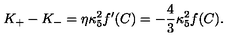
K _ { + } - K _ { - } = \eta \kappa _ { 5 } ^ { 2 } f ^ { \prime } ( C ) = - { \frac { 4 } { 3 } } \kappa _ { 5 } ^ { 2 } f ( C ) .